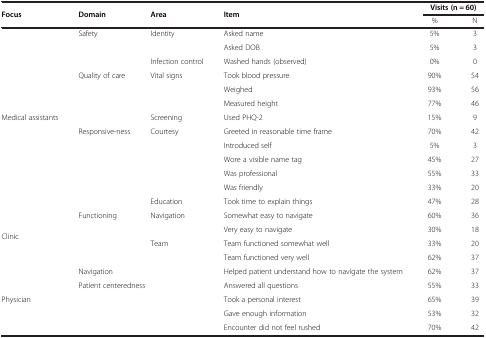
| <ROWSPAN=2> Focus | <ROWSPAN=2> Domain | <ROWSPAN=2> Area | <ROWSPAN=2> Item | <COLSPAN=2> Visits (n = 60) |
 | % | N |
 | --- | --- | --- | --- | --- | --- |
 |  | Safety | Identity | Asked name | 5% | 3 |
 |  |  |  | Asked DOB | 5% | 3 |
 |  |  | Infection control | Washed hands (observed) | 0% | 0 |
 |  | Quality of care | Vital signs | Took blood pressure | 90% | 54 |
 |  |  |  | Weighed | 93% | 56 |
 |  |  |  | Measured height | 77% | 46 |
 | Medical assistants |  | Screening | Used PHQ-2 | 15% | 9 |
 |  | Responsive-ness | Courtesy | Greeted in reasonable time frame | 70% | 42 |
 |  |  |  | Introduced self | 5% | 3 |
 |  |  |  | Wore a visible name tag | 45% | 27 |
 |  |  |  | Was professional | 55% | 33 |
 |  |  |  | Was friendly | 33% | 20 |
 |  |  | Education | Took time to explain things | 47% | 28 |
 | <ROWSPAN=4> Clinic | Functioning | Navigation | Somewhat easy to navigate | 60% | 36 |
 |  |  | Very easy to navigate | 30% | 18 |
 |  | Team | Team functioned somewhat well | 33% | 20 |
 |  |  | Team functioned very well | 62% | 37 |
 |  | <COLSPAN=2> Navigation | Helped patient understand how to navigate the system | 62% | 37 |
 |  | <COLSPAN=2> Patient centeredness | Answered all questions | 55% | 33 |
 | Physician |  |  | Took a personal interest | 65% | 39 |
 |  |  |  | Gave enough information | 53% | 32 |
 |  |  |  | Encounter did not feel rushed | 70% | 42 |